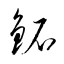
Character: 鉐